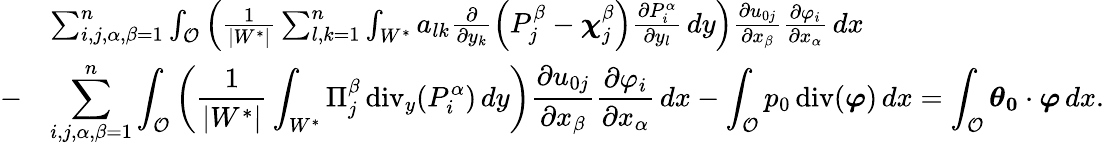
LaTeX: \begin{array}{rl}{\displaystyle}&{\sum_{i,j,\alpha,\beta=1}^{n}\int_{{\mathcal{O}}}\left(\frac{1}{|W^{*}|}\sum_{l,k=1}^{n}\int_{W^{*}}a_{lk}\frac{\partial}{\partial y_{k}}\left(P_{j}^{\beta}-{\boldsymbol\chi}_{j}^{\beta}\right)\frac{\partial P_{i}^{\alpha}}{\partial y_{l}}\, dy\right)\frac{\partial{u_{0j}}}{\partial x_{\beta}}\frac{\partial{\varphi}_{i}}{\partial x_{\alpha}}\, dx}\\ {-}&{\displaystyle\sum_{i,j,\alpha,\beta=1}^{n}\int_{{\mathcal{O}}}\left(\frac{1}{|W^{*}|}\int_{W^{*}}\Pi_{j}^{\beta}\operatorname{div}_{y}(P_{i}^{\alpha})\, dy\right)\frac{\partial{u_{0j}}}{\partial x_{\beta}}\frac{\partial{\varphi}_{i}}{\partial x_{\alpha}}\, dx-\displaystyle\int_{{\mathcal{O}}}p_{0}\operatorname{div}(\boldsymbol\varphi)\, dx=\int_{{\mathcal{O}}}\boldsymbol{\boldsymbol{\theta}_{0}}\cdot\boldsymbol\varphi\, dx.}\end{array}